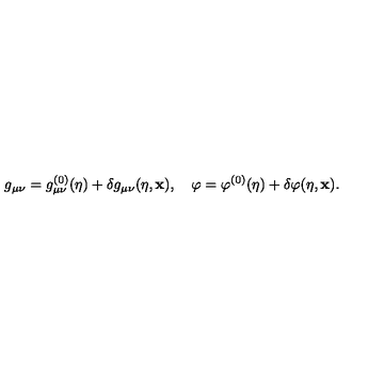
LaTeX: g _ { \mu \nu } = g _ { \mu \nu } ^ { ( 0 ) } ( \eta ) + \delta g _ { \mu \nu } ( \eta , { \bf x } ) , \quad \varphi = \varphi ^ { ( 0 ) } ( \eta ) + \delta \varphi ( \eta , { \bf x } ) .